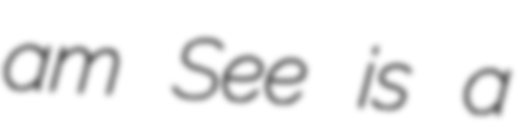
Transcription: am See is a